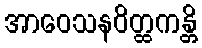
အာဝေသနဝိတ္ထကန္တိ